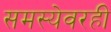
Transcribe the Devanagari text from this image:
समस्येवरही